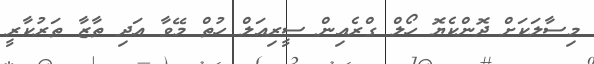
މިސާލަކަށް ދޮންކެޔޮ ހޯލް ގްރެއިން ސީރިއަލް ހުތް މޭވާ އަދި ތާޒާ ތަރުކާރީ